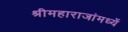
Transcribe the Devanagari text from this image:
श्रीमहाराजांमध्यें